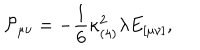
{ \cal P } _ { \mu \nu } = - \frac { 1 } { 6 } \kappa _ { ( 4 ) } ^ { 2 } \lambda E _ { [ \mu \nu ] } ,